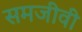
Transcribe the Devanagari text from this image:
समजीवी